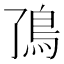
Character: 𬶼